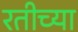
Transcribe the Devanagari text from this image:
रतीच्या